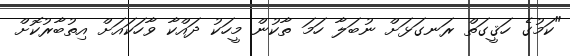
"ކަމުގެ ހަޤީގަތް ރަނގަޅަށް ނުބަލާ ހަމަ ތާކުން މީހަކު ދައްކާ ވާހަކައަށް އިތުބާރުކޮށް